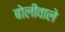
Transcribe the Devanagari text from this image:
बोलीवाले